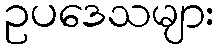
ဥပဒေသများ